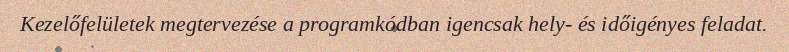
Kezelőfelületek megtervezése a programkódban igencsak hely- és időigényes feladat.